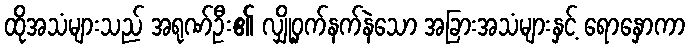
ထိုအသံများသည် အရုဏ်ဦး၏ လျှို့ဝှက်နက်နဲသော အခြားအသံများနှင့် ရောနှောကာ